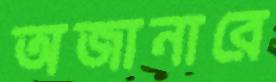
অজানারে